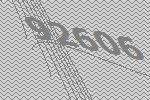
92606